Vaccination United Provinces of Agra and Oudh 1914-1922 - 1914-1922
Year: 1914
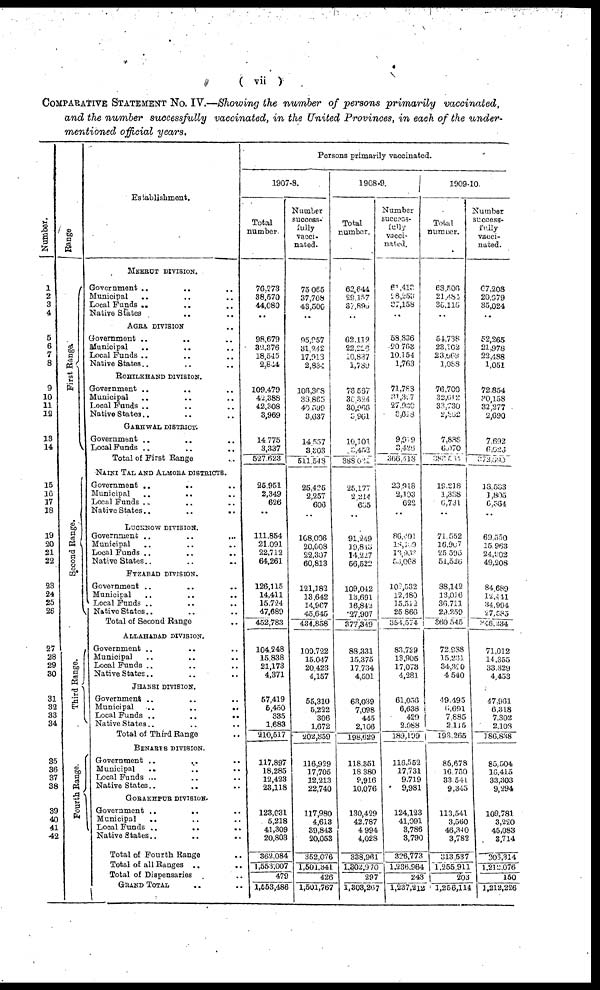
( vii )
COMPARATIVE STATEMENT No. IV.—Showing the number of persons primarily vaccinated,
and the number successfully vaccinated, in the United Provinces, in each of the under-
mentioned official years.
Number.
1
2
3
4
5
6
7
8
9
10
11
12
13
14
15
16
17
18
19
20
21
22
23
24
25
26
27
28
29
30
31
32
33
34
35
36
37
38
39
40
41
42
Range.
First Range.
Second Range.
Third Range.
Fourth Range.
Establishment.
MEERUT DIVISION.
Government .. .. ..
Municipal
..
..
..
Local Funds .. .. ..
Native States .. .. ..
AGRA DIVISION
Government .. .. ..
Municipal
..
.. ..
Local Funds .. .. ..
Native States ..
.. ..
ROHILKHAND DIVISION.
Government .. .. ..
Municipal
..
.. ..
Local Funds ..
.. ..
Native States ..
.. ..
GARHWAL DISTRICT.
Government .. .. ..
Local Funds ..
..
..
Total of First Range
.. .. ..
NAINI TAL AND ALMORA DISTRICTS.
Government ..
.. ..
Municipal
..
..
..
Local Funds ..
..
..
Native States .. .. ..
LUCKNOW DIVISION.
Government .. .. ..
Municipal
..
..
..
Local Funds .. .. ..
Native States ..
.. ..
FYZABAD DIVISION.
Government .. .. ..
Municipal
..
..
..
Local Funds ..
.. ..
Native States ..
.. ..
Total of Second Range ..
ALLAHABAD DIVISION.
Government .. .. ..
Municipal
..
.. ..
Local Funds .. .. ..
Native States ..
.. ..
JHANSI DIVISION.
Government .. .. ..
Municipal
..
.. ..
Local Funds .. .. ..
Native States .. .. ..
Total of Third Range
..
BENARES DIVISION.
Government .. .. ..
Municipal
..
..
..
Local Funds ... .. ..
Native States ..
.. ..
GORAKHPUR DIVISION
Government .. .. ..
Municipal
..
.. ..
Local Funds .. .. ..
Native States .. .. ..
Total of Fourth Range .. ..
Total of all Ranges ..
..
Total of Dispensaries ..
GRAND TOTAL .. ..
Persons primarily vaccinated.
1907-8.
Total
number.
76,273
38,570
44,080
..
98,679
32,376
18,545
2,844
109,479
42,388
42,308
3,969
14,775
3,337
527,623
25,951
2,349
626
..
111,854
21,091
22,712
64,261
126,115
14,411
15,724
47,689
452,783
104,248
15,838
21,173
4,371
57,419
5,450
335
1,683
210,517
117,897
18,285
12,423
23,118
123,031
5,218
41,309
20,803
362,084
1,553,007
479
1,553,486
Number
success-
fully
vacci¬
nated.
75,065
37,708
43,500
..
95,957
31,242
17,913
2,834
106,368
38,865
40,599
3,637
14,557
3,303
511,548
25,425
2,257
606
..
108,006
20,008
22,307
60,813
121,182
13,642
14,967
45,645
434,858
100,722
15,047
20,423
4,157
55,310
5,222
306
1,672
202,859
116,929
17,705
13,213
22,740
117,980
4,613
39,843
20,053
352,076
1,501,341
426
1,501,765
1908-9.
Total
number.
62,644
29,157
37,895
..
62,112
22,216
10,837
1,789
76,567
36,324
30,966
3,961
10,101
3,452
388,031
25,177
2,214
635
91,249
19,843
14,227
56,522
109,042
13,691
16,842
27,907
377,349
88,331
15,375
17,734
4,501
63,039
7,098
445
2,106
198,629
118,851
18,380
9,916
10,076
130,429
42,787
4 994
4,028
338,961
1,302,970
297
1,303,267
Number
success¬
fully
vacci¬
nated.
61,413
28,253
27,158
..
58,836
20,763
10,154
1,763
71,788
31,397
27,936
3,618
9,919
3,426
366,618
23,918
2,103
622
..
86,401
18,109
13,963
53,068
102,532
12,480
15,512
25,866
354,574
83,729
13,905
17,073
4,281
61,056
6,638
429
2,088
189,199
116,552
17,731
9,719
9,981
124,123
41,091
3,786
3,790
326,773
1,236,964
243
1,237,212
1909-10.
Total
number.
63,506
21,484
36,115
..
54,738
23,102
23,669
1,088
76,700
32,612
33,730
2,862
7,888
6,070
388,534
19,218
1,388
6,731
..
71,552
16,907
25,595
51,526
38,142
13,016
36,711
29,259
360,545
72,988
15,231
34,320
4,540
49,495
6,691
7,885
2,115
193,265
86,678
10,750
33,541
9,345
113,541
3,560
46,340
3,782
313,537
1,255,911
203
1,256,114
Number
success-
fully
vacci-
nated.
67,208
20,079
35,024
..
52,265
21,978
22,488
1,051
72,854
30,158
32,277
2,690
7,692
6,026
372,690
18,533
1,805
6,564
..
69,550
15,963
24,902
49,208
84,689
12,441
34,994
27,585
346,234
71,012
14,355
33,329
4,453
47,961
6,318
7,302
2,108
186,838
85,504
16,415
33,303
9,294
109,781
3,220
45,083
3,714
306,314
1,212,076
150
1,212,226